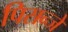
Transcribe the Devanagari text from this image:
पिसन्जे